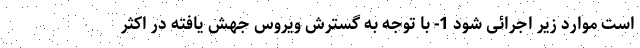
است موارد زیر اجرائی شود 1- با توجه به گسترش ویروس جهش یافته در اکثر